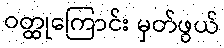
ဝတ္ထုကြောင်း မှတ်ဖွယ်